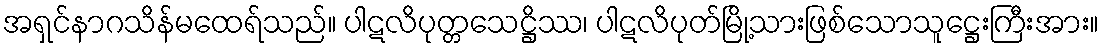
အရှင်နာဂသိန်မထေရ်သည်။ ပါဋလိပုတ္တသေဋ္ဌိဿ၊ ပါဋလိပုတ်မြို့သားဖြစ်သောသူဋ္ဌေးကြီးအား။